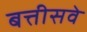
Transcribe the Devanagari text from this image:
बत्तीसवे